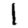
Digit: 1